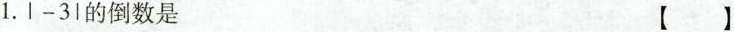
1.\left | -3\right |的倒数是 【】